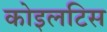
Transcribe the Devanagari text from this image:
कोइलटिस